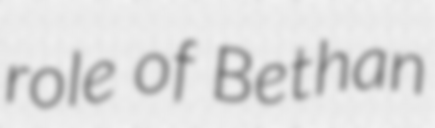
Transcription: role of Bethan